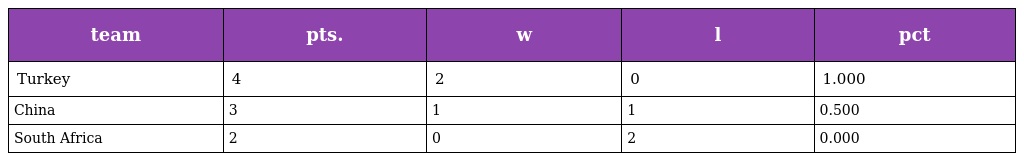
| team | pts. | w | l | pct |
 | --- | --- | --- | --- | --- |
 | Turkey | 4 | 2 | 0 | 1.000 |
 | China | 3 | 1 | 1 | 0.500 |
 | South Africa | 2 | 0 | 2 | 0.000 |